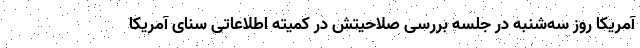
آمریکا روز سه‌شنبه در جلسه بررسی صلاحیتش در کمیته اطلاعاتی سنای آمریکا